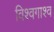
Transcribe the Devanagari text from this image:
विश्वगाश्व